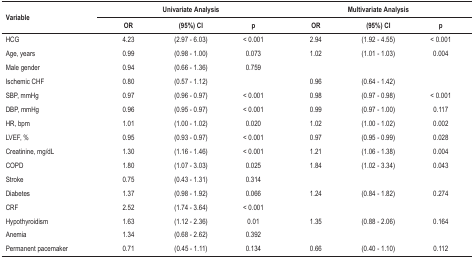
| <ROWSPAN=2> Variable | <COLSPAN=3> Univariate Analysis | <COLSPAN=3> Multivariate Analysis |
 | OR | (95%) CI | p | OR | (95%) CI | p |
 | --- | --- | --- | --- | --- | --- | --- |
 | HCG | 4.23 | (2.97 - 6.03) | < 0.001 | 2.94 | (1.92 - 4.55) | < 0.001 |
 | Age, years | 0.99 | (0.98 - 1.00) | 0.073 | 1.02 | (1.01 - 1.03) | 0.004 |
 | Male gender | 0.94 | (0.66 - 1.36) | 0.759 |  |  |  |
 | Ischemic CHF | 0.80 | (0.57 - 1.12) |  | 0.96 | (0.64 - 1.42) |  |
 | SBP, mmHg | 0.97 | (0.96 - 0.97) | < 0.001 | 0.98 | (0.97 - 0.98) | < 0.001 |
 | DBP, mmHg | 0.96 | (0.95 - 0.97) | < 0.001 | 0.99 | (0.97 - 1.00) | 0.117 |
 | HR, bpm | 1.01 | (1.00 - 1.02) | 0.020 | 1.02 | (1.00 - 1.02) | 0.002 |
 | LVEF, % | 0.95 | (0.93 - 0.97) | < 0.001 | 0.97 | (0.95 - 0.99) | 0.028 |
 | Creatinine, mg/dL | 1.30 | (1.16 - 1.46) | < 0.001 | 1.21 | (1.06 - 1.38) | 0.004 |
 | COPD | 1.80 | (1.07 - 3.03) | 0.025 | 1.84 | (1.02 - 3.34) | 0.043 |
 | Stroke | 0.75 | (0.43 - 1.31) | 0.314 |  |  |  |
 | Diabetes | 1.37 | (0.98 - 1.92) | 0.066 | 1.24 | (0.84 - 1.82) | 0.274 |
 | CRF | 2.52 | (1.74 - 3.64) | < 0.001 |  |  |  |
 | Hypothyroidism | 1.63 | (1.12 - 2.36) | 0.01 | 1.35 | (0.88 - 2.06) | 0.164 |
 | Anemia | 1.34 | (0.68 - 2.62) | 0.392 |  |  |  |
 | Permanent pacemaker | 0.71 | (0.45 - 1.11) | 0.134 | 0.66 | (0.40 - 1.10) | 0.112 |